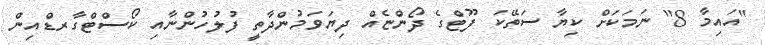
"އައިމާ 8" ނަމަކަށް ކިޔާ ސަތޭކަ ފޫޓްގެ ދޯންޏެއް ދިޔަވަމުންދާތީ ފުލުހުންނާއި ކޯސްޓްގާރޑްއިން